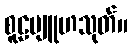
စူဠဗျူဟသုတ်။